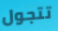
تتجول